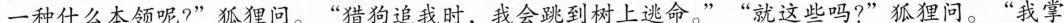
一种什么本领呢?”狐狸问。”猎狗追我时，我会跳到树上逃命。””就这些吗?”狐狸问。”我掌